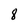
Character: 8